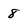
Character: 8